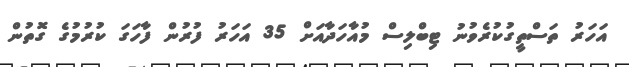
އަހަރު ތަސްތީގުކުރެވުނު ޓިބްލިސް މުއާހަދާއަށް 35 އަހަރު ފުރުން ފާހަގަ ކުރުމުގެ ގޮތުން